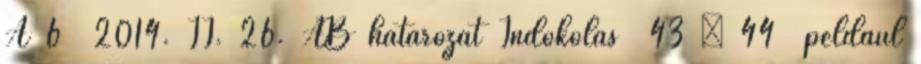
A 6 2014. II. 26. AB határozat Indokolás 43 – 44 például